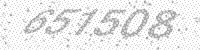
Solution: 651508